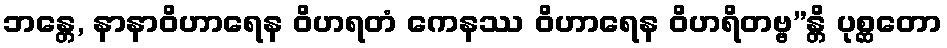
ဘန္တေ, နာနာဝိဟာရေန ဝိဟရတံ ကေနဿ ဝိဟာရေန ဝိဟရိတဗ္ဗ”န္တိ ပုစ္ဆတော